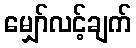
မျှော်လင့်ချက်